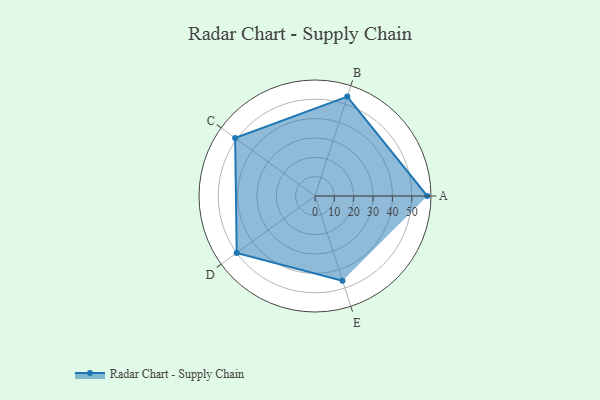
{"axis": {"x": "Skill", "y": "Score"}, "legend": ["Profile"], "data": [{"x": "A", "y": 58.0, "type": "Profile"}, {"x": "B", "y": 54.0, "type": "Profile"}, {"x": "C", "y": 51.0, "type": "Profile"}, {"x": "D", "y": 50.0, "type": "Profile"}, {"x": "E", "y": 46.0, "type": "Profile"}]}